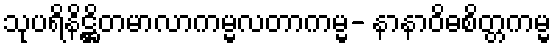
သုပရိနိဋ္ဌိတမာလာကမ္မလတာကမ္မ- နာနာဝိဓစိတ္တကမ္မ